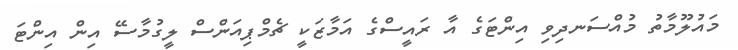
މައުލޫމާތު މުއްސަނދިވި އިންޓަގެ އާ ރައީސްގެ އަމާޒަކީ ޗެމްޕިއަންސް ލީގުމާސޭ އިން އިންޓަ